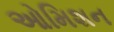
ઓમિશન